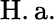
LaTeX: \mathrm{H.a.}